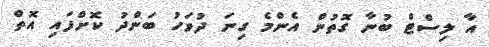
އާ ލިސްޓް ބުނާ ގޮތުން އެންމެ ގިނަ ދުވަހު ބަންދު ކޮށްފައި އޮތް